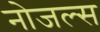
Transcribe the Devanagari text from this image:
नोजल्स